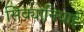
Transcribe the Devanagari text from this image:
सिक्योनियाई